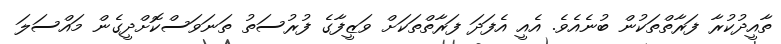
ތާއީދުކުރާ ފަރާތްތަކުން ބުނެއެވެ. އެއީ އެފަދަ ފަރާތްތަކަށް ވަޒީފާގެ ފުރުސަތު ތަނަވަސްކޮށްދީގެން މައްސަލަ